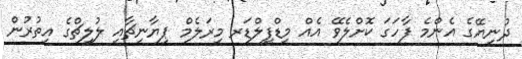
ދުނިޔޭގެ އެންމެ ފާހަގަ ކޮށްލެވޭ އެއް މިޑްފީލްޑަރ މިރަލެމް ޕިޔާނިޗާއި ލުލިޗްގެ އިތުރުން